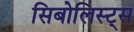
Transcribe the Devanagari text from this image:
सिबोलिस्ट्स